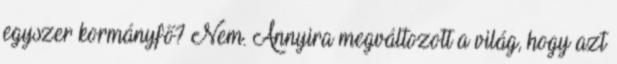
egyszer kormányfő? Nem. Annyira megváltozott a világ, hogy azt